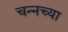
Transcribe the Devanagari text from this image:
चन्नच्या